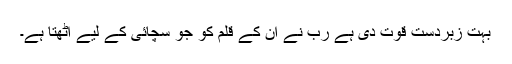
بہت زبردست قوت دی ہے رب نے ان کے قلم کو جو سچائی کے لیے اٹھتا ہے۔